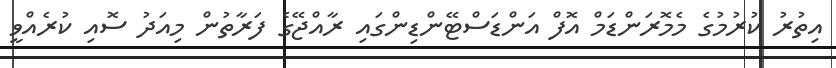
އިތުރު ކުރުމުގެ މެމޮރަންޑަމް އޮފް އަންޑަސްޓޭންޑިންގައި ރާއްޖޭގެ ފަރާތުން މިއަދު ސޮއި ކުރެއްވީ